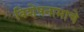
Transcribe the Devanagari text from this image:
विशेषनामाचे